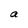
Character: a